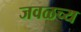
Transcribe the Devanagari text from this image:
जवळच्य